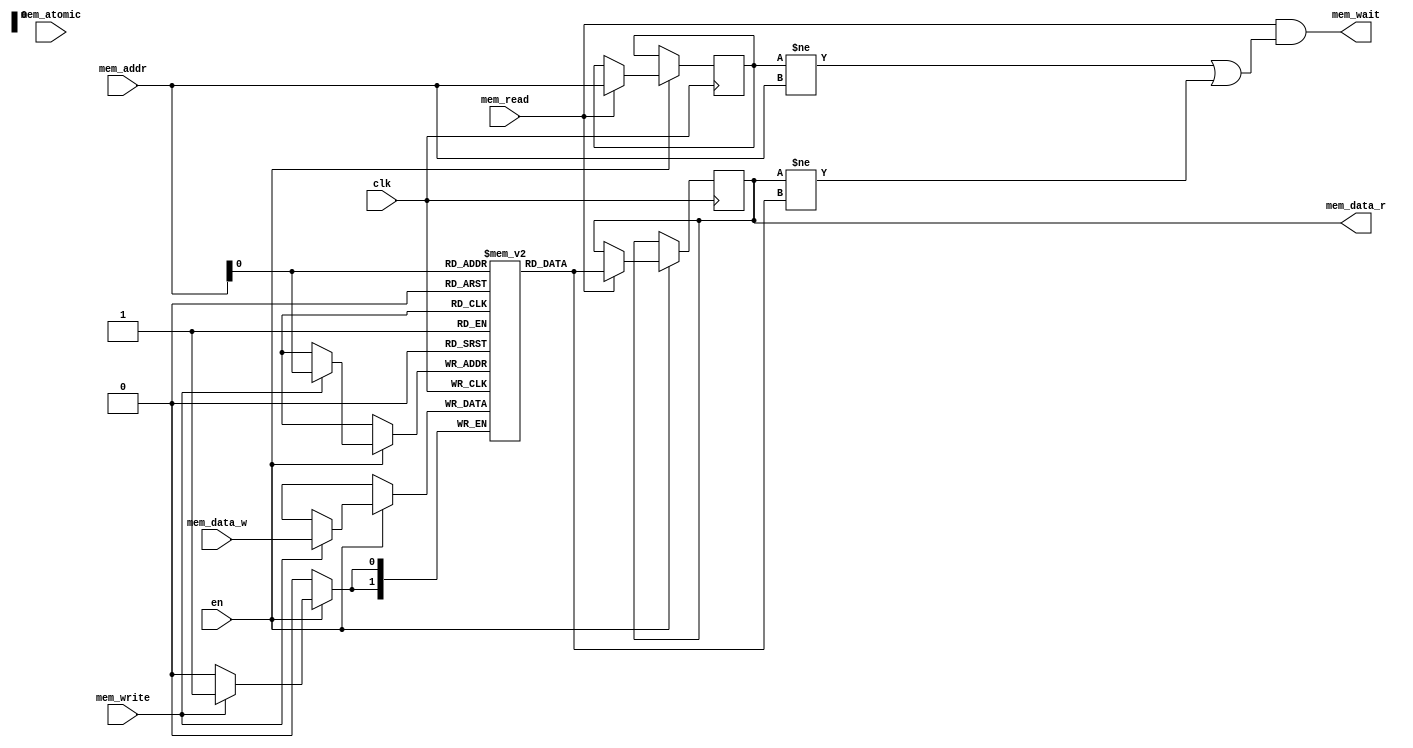
module DUMMY_RAM #(
	parameter integer DATA_W = 0,
	parameter integer ADDR_W = 0,
	parameter integer SIZE = 2**ADDR_W
) (
	input  wire 			 clk,
	input  wire				 en,
    
    output wire [DATA_W-1:0]        mem_data_r,
    input  wire [DATA_W-1:0]        mem_data_w,
    input  wire [ADDR_W-1:0]        mem_addr,
    input  wire                     mem_read,
    input  wire                     mem_write,
    input  wire                     mem_atomic,
    output wire                     mem_wait

);

reg [DATA_W-1:0] data [1:SIZE-1];

reg [ADDR_W-1:0] last_read_addr = 0;
reg [DATA_W-1:0] last_read_data = 0;


assign mem_data_r = last_read_data;
assign mem_wait   = mem_read && (last_read_addr != mem_addr || last_read_data != data[mem_addr]);

always @(posedge clk) begin
	if(en) begin
		if(mem_write) begin
            data[mem_addr] <= mem_data_w;
            if(mem_atomic) #100;
        end
        if(mem_read) begin
            if(mem_atomic) #100;
            #21 last_read_data <= data[mem_addr];
                last_read_addr <= mem_addr;
        end
	end
end


endmodule